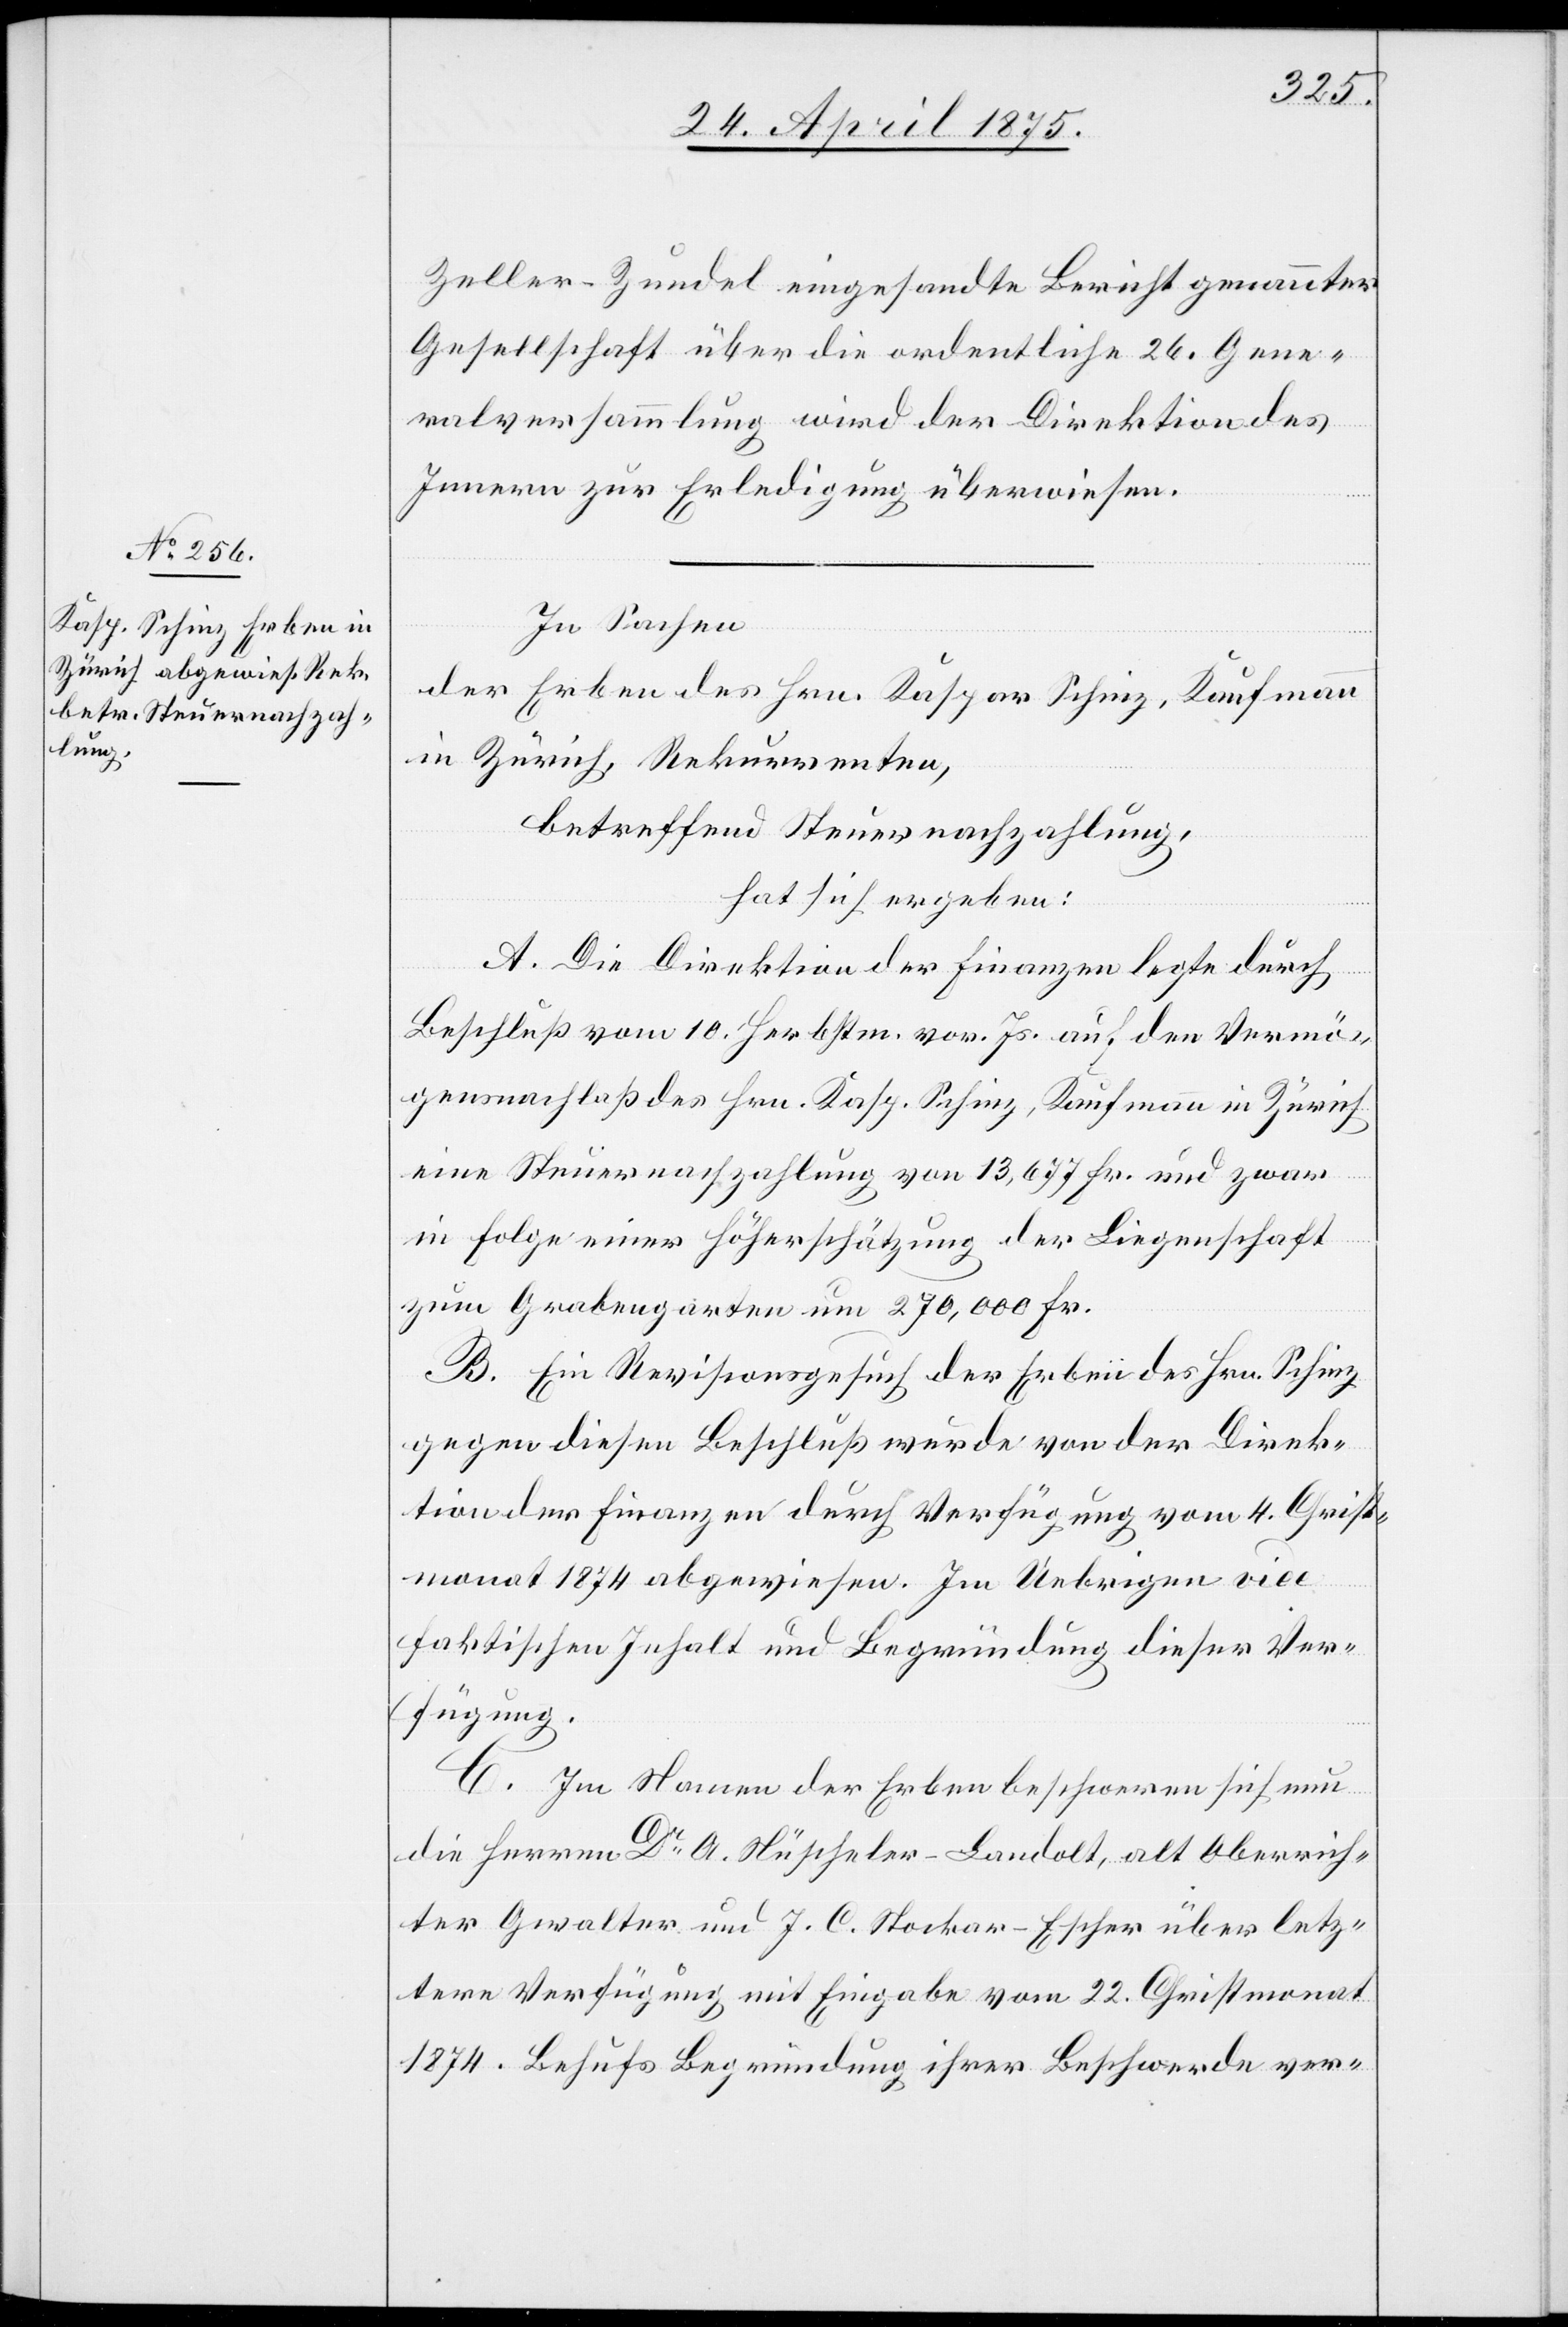
Zeller-Zundel eingesandte Bericht genannter
Gesellschaft über die ordentliche 26. Gene¬
ralsversammlung wird der Direktion des
Innern zur Erledigung überwiesen.
In Sachen
der Erben des Hrn. Kaspar Schinz, Kaufmann
in Zürich Rekurrenten,
betreffend Steuernachzahlung,
hat sich ergeben:
A. Die Direktion der Finanzen legte durch
Beschluß vom 10. Herbstm. vor. Js. auf den Vermö¬
gensnachlaß des Hrn. Kasp. Schinz, Kaufmann in Zürich
eine Steuernachzahlung von 13,677 Fr. und zwar
in Folge einer Höherschätzung der Liegenschaft
zum Grabengarten um 270,000 Fr.
B. Ein Revisionsgesuch der Erben des Hrn. Schinz
gegen diesen Beschluß wurde von der Direk¬
tion des Finanzen durch Verfügung vom 4. Christ¬
monat 1874 abgewiesen. Im Uebrigen vide
faktischen Inhalt und Begründung dieser Ver¬
fügung.
C. Im Namen der Erben beschweren sich nun
die Herren Dr A. Nüscheler-Landolt, alt Oberrich¬
ter Gwalter und J. C. Stocker-Escher über letz¬
tere Verfügung mit Eingabe vom 22. Christmonat
1874. Behufs Begründung ihrer Beschwerde ver-